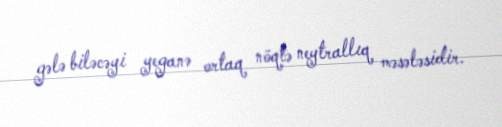
gələ biləcəyi yeganə ortaq nöqtə neytrallıq məsələsidir.